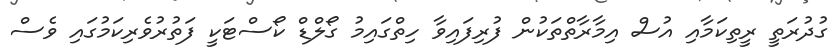
ގުދުރަތީ ރީތިކަމާއި އުސް އިމާރާތްތަކުން ފުރިފައިވާ ހިތްގައިމު ގޯލްޑް ކޯސްޓަކީ ފަތުރުވެރިކަމުގައި ވެސް